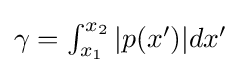
{\textstyle \gamma =\int _{x_{1}}^{x_{2}}|p(x')|dx'}